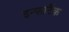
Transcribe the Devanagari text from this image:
इन्फोटैक